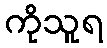
ကိုသူရ